Annual report of the Punjab Veterinary College and of the Civil Veterinary Department, Punjab - 1926-1932
Year: 1926
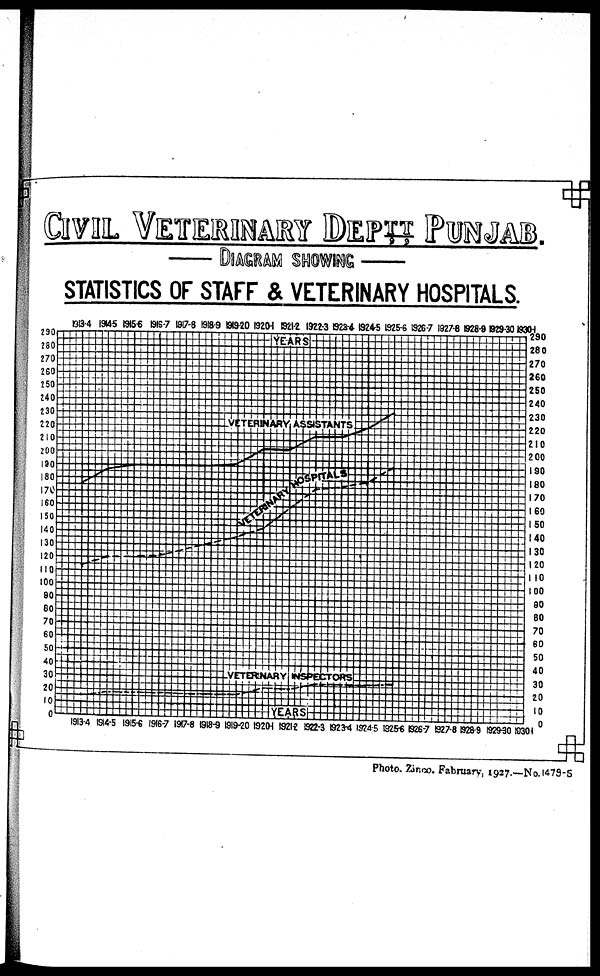
CIVIL VETER
DIAGRAM SHOWING
STATISTICS OF STAFF & VETERRINARY HOSPIT
Photo. Zinco. Fabruary, 1927.—No.1479-5.